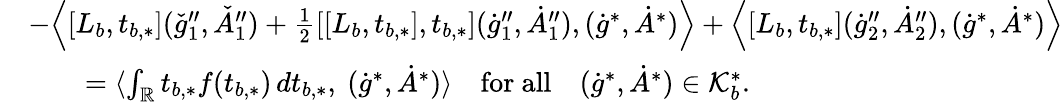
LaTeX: \begin{array}{rl}&{-\Big\langle[L_{b},t_{b,*}](\check{g}_{1}^{\prime\prime},\check{A}_{1}^{\prime\prime})+\frac{1}{2}[[L_{b},t_{b,*}],t_{b,*}](\dot{g}_{1}^{\prime\prime},\dot{A}_{1}^{\prime\prime}),(\dot{g}^{*},\dot{A}^{*})\Big\rangle+\Big\langle[L_{b},t_{b,*}](\dot{g}_{2}^{\prime\prime},\dot{A}_{2}^{\prime\prime}),(\dot{g}^{*},\dot{A}^{*})\Big\rangle}\\ &{\quad\quad=\langle\int_{\mathbb{R}}t_{b,*}f(t_{b,*})\, dt_{b,*},\ (\dot{g}^{*},\dot{A}^{*})\rangle\quad\mathrm{for~all}\quad(\dot{g}^{*},\dot{A}^{*})\in\mathcal{K}_{b}^{*}.}\end{array}